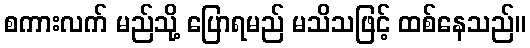
စကားလက် မည်သို့ ပြောရမည် မသိသဖြင့် ထစ်နေသည်။